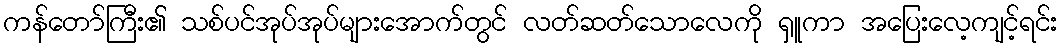
ကန်တော်ကြီး၏ သစ်ပင်အုပ်အုပ်များအောက်တွင် လတ်ဆတ်သောလေကို ရှူကာ အပြေးလေ့ကျင့်ရင်း